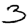
Digit: 3